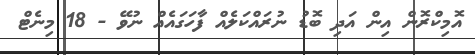
އޮމިކްރޮން އިން އަދި ބޮޑު ނުރައްކަލެއް ފާހަގައެއް ނުވޭ - 18 މިނެޓް